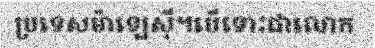
ប្រទេសម៉ាឡេស៊ី។បើទោះជាលោក